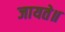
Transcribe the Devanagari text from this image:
जायते॥